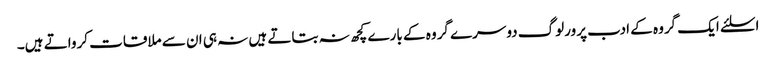
اسلئے ایک گروہ کے ادب پرورلوگ دوسرے گروہ کے بارے کچھ نہ بتاتے ہیں نہ ہی ان سے ملاقات کرواتے ہیں۔